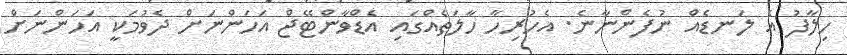
ހިލާފު އެ ލަނޑެއް ނުފެންނާނެ. އެހުރިހާ ހާލަތެއްގައި އެޑްވާންޓޭޖް އަހަންނަށް ދެވުމަކީ އަހަންނަށް